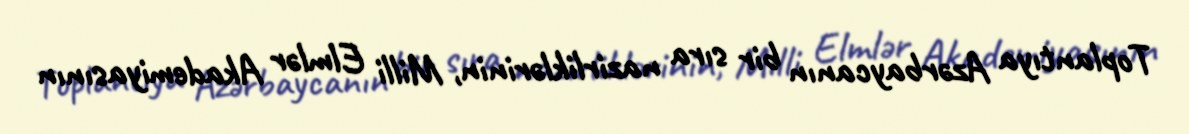
Toplantıya Azərbaycanın bir sıra nazirliklərinin, Milli Elmlər Akademiyasının